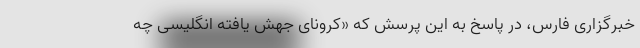
خبرگزاری فارس، در پاسخ به این پرسش که «کرونای جهش یافته انگلیسی چه